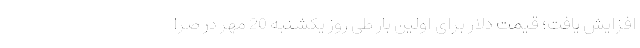
افزایش یافت؛ قیمت دلار برای اولین بار طی روز یکشنبه 20 مهر در صرا